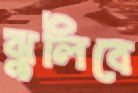
ঝুলিবে